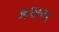
કછરા